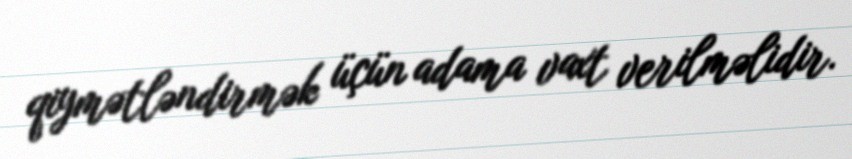
qiymətləndirmək üçün adama vaxt verilməlidir.